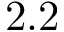
2 . 2